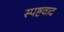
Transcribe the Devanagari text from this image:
स्पष्टवाद